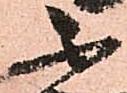
不